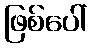
ဖြစ်ပေါ်